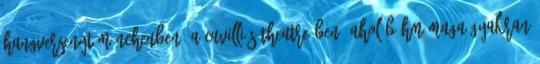
hangversenyt Münchenben, a Cuvilliés Theatre-ben, ahol Böhm maga gyakran